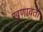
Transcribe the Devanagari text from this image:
खुणावतो